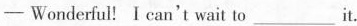
---Wonderful! I can't wait to___it.